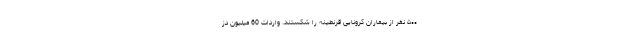
۵۰۰ نفر از بیماران کرونایی قرنطینه را شکستند. واردات 60 ميليون دز